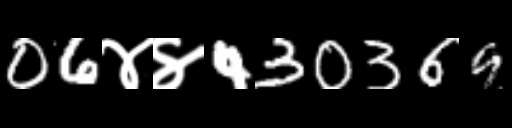
Text: 06४४430369